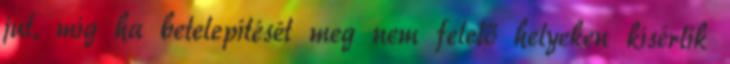
jut, míg ha betelepítését meg nem felelő helyeken kísérlik